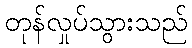
တုန်လှုပ်သွားသည်